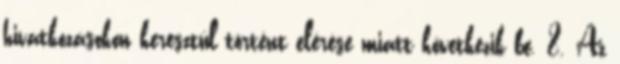
hivatkozásokon keresztül történt elérése miatt következik be. 8. Az